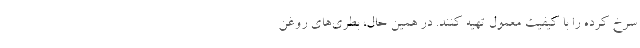
سرخ کرده را با کیفیت معمول تهیه کنند. در همین حال، بطری‌های روغن